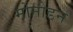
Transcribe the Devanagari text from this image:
मोनोडन